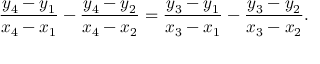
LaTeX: { \frac { y _ { 4 } - y _ { 1 } } { x _ { 4 } - x _ { 1 } } } - { \frac { y _ { 4 } - y _ { 2 } } { x _ { 4 } - x _ { 2 } } } = { \frac { y _ { 3 } - y _ { 1 } } { x _ { 3 } - x _ { 1 } } } - { \frac { y _ { 3 } - y _ { 2 } } { x _ { 3 } - x _ { 2 } } } .